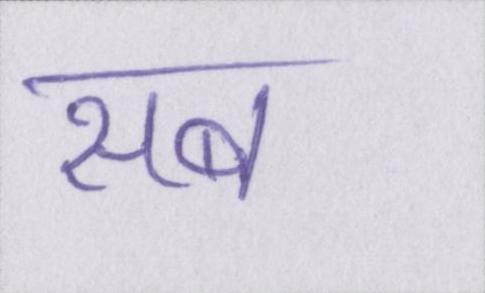
सब